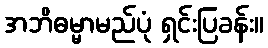
အဘိဓမ္မာမည်ပုံ ရှင်းပြခန်း။